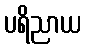
ပရိညာယ